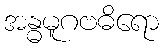
အန္ဓမူဂဗဓိရော